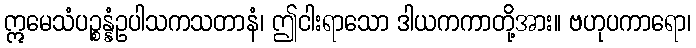
ဣမေသံပဉ္စန္နံဥပါသကသတာနံ၊ ဤငါးရာသော ဒါယကကာတို့အား။ ဗဟုပကာရော၊